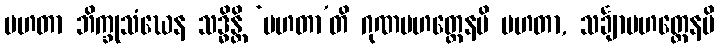
မဟတာ ဘိက္ခုသံဃေန သဒ္ဓိန္တိ ‘မဟတာ’တိ ဂုဏမဟတ္တေနပိ မဟတာ, သင်္ချာမဟတ္တေနပိ